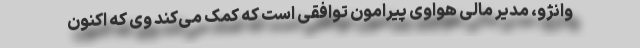
وانژو، مدیر مالی هواوی پیرامون توافقی است که کمک می‌کند وی که اکنون